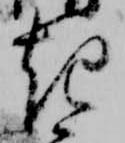
起